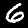
Label: 6